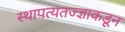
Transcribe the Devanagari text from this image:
स्थापत्यतज्‍ज्ञाकडून